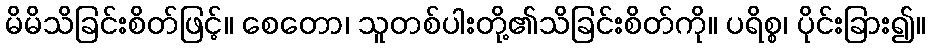
မိမိသိခြင်းစိတ်ဖြင့်။ စေတော၊ သူတစ်ပါးတို့၏သိခြင်းစိတ်ကို။ ပရိစ္စ၊ ပိုင်းခြား၍။